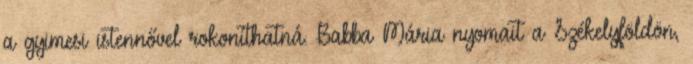
a gyimesi istennővel rokoníthatná. Babba Mária nyomait a Székelyföldön,